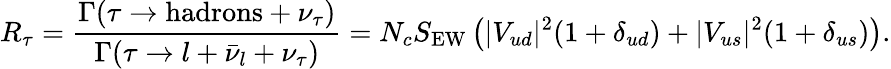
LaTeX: R_{\tau}=\frac{\Gamma(\tau\rightarrow\mathrm{hadrons}+\nu_{\tau})}{\Gamma(\tau\rightarrow l+\bar{\nu}_{l}+\nu_{\tau})}=N_{c}S_{\mathrm{EW}}\left(|V_{ud}|^{2}(1+\delta_{ud})+|V_{us}|^{2}(1+\delta_{us})\right).